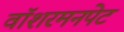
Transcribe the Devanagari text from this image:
वॉशरमनपेट